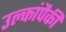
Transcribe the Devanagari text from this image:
उल्कांपैकी